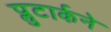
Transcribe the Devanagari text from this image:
प्लुटार्कने